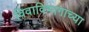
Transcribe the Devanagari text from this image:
विवाविभागाच्या